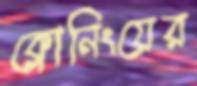
ক্লোনিংয়ের